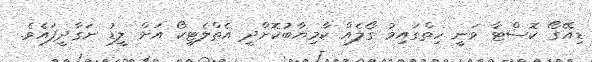
ޑިއޭގޯ ކޮސްޓާ ވަނީ ހިތްގައިމު ގޯލެއް ކާމިޔާބުކޮށްދީ އެތްލެޓިކޯ އަށް ލީޑު ނަގާދީފައެވެ.